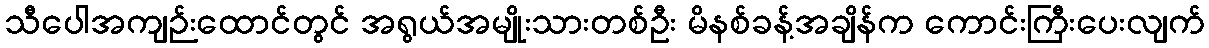
သီပေါအကျဉ်းထောင်တွင် အရွယ်အမျိုးသားတစ်ဦး မိနစ်ခန့်အချိန်က ကောင်းကြီးပေးလျက်